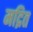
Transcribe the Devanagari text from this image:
मद्रित